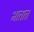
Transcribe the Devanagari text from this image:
भातात